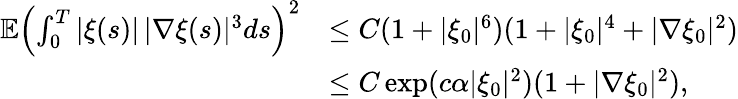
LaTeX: \begin{array}{rl}{\mathbb{E}\left(\int_{0}^{T}|\xi(s)|\, |\nabla\xi(s)|^{3}ds\right)^{2}}&{\leq C(1+|\xi_{0}|^{6})(1+|\xi_{0}|^{4}+|\nabla\xi_{0}|^{2})}\\ &{\leq C\exp(c\alpha|\xi_{0}|^{2})(1+|\nabla\xi_{0}|^{2}),}\end{array}